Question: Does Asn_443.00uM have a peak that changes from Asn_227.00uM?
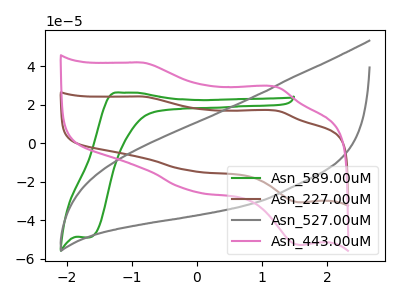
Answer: <think>The green curve "Asn_589.00uM" has an anodic peak at (-1.15V, 26.40uA) and a cathodic peak at (-1.65V, -48.90uA). The brown curve "Asn_227.00uM" has anodic peaks at (-0.80V, 24.35uA) (1.20V, 17.00uA) and cathodic peaks at (-0.05V, -14.35uA) (1.60V, -30.60uA). The gray curve "Asn_527.00uM" has no peaks. The pink curve "Asn_443.00uM" has anodic peaks at (-0.80V, 42.00uA) (1.20V, 29.35uA) and cathodic peaks at (-0.05V, -24.75uA) (1.60V, -52.80uA).
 All the peaks in "Asn_443.00uM" have a peak in "Asn_227.00uM" at the same potential. Every peak in "Asn_443.00uM" is higher than every peak in "Asn_227.00uM".</think>
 <answer>No, "Asn_443.00uM" and "Asn_227.00uM" don't appear to be significantly different in shape</answer>
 <eval>no_change</eval>